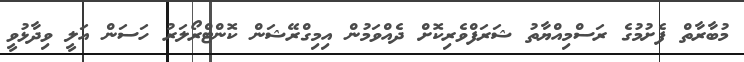
މުބާރާތް ފެށުމުގެ ރަސްމިއްޔާތު ޝަރަފްވެރިކޮށް ދެއްވަމުން އިމިގްރޭޝަން ކޮންޓްރޯލަރު ހަސަން އަލީ ވިދާޅުވީ